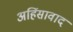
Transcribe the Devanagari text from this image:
अहिंसावाद